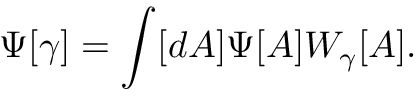
\Psi [ \gamma ] = \int [ d A ] \Psi [ A ] W _ { \gamma } [ A ] .